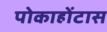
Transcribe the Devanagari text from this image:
पोकाहोंटास